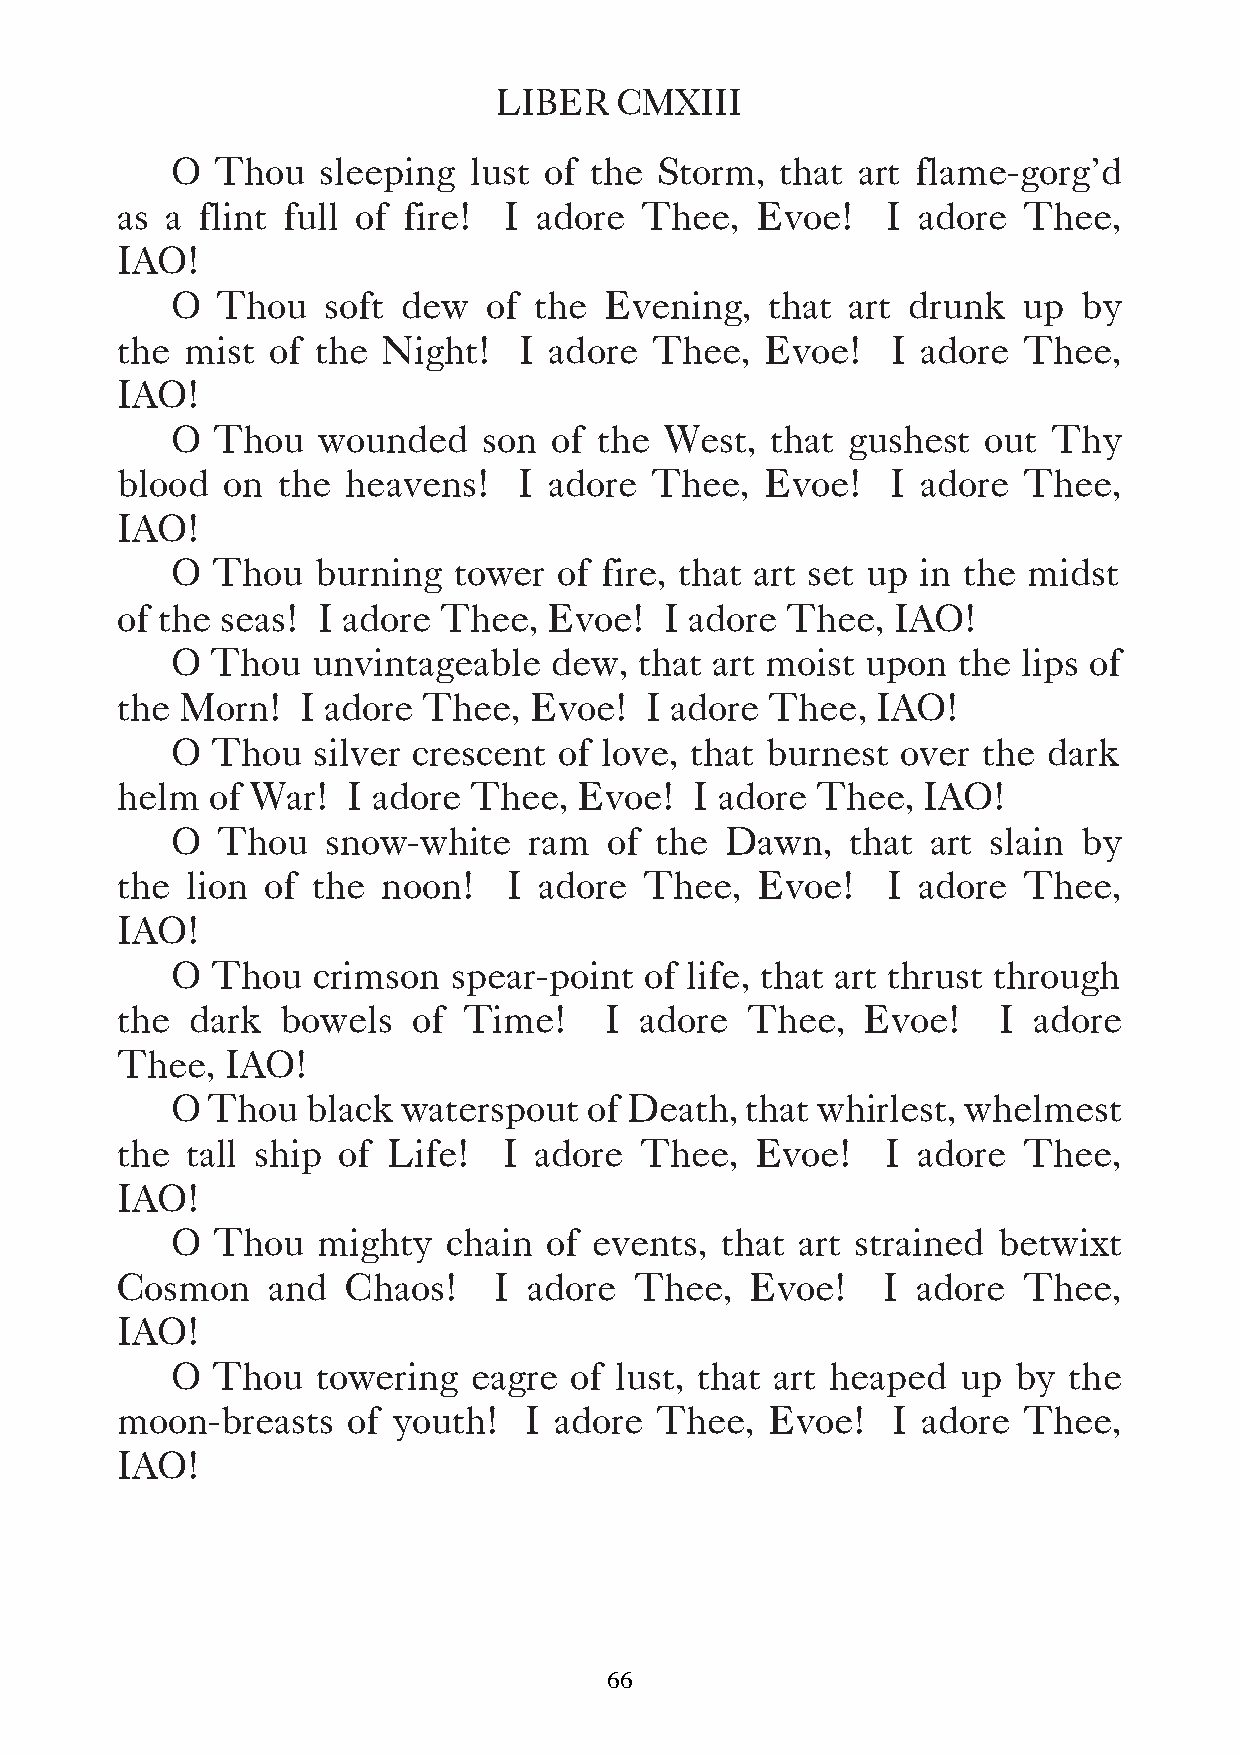
LIBER   CMXIII
 O  Thou   sleeping  lust of the  Storm,  that art flame-gorg’d
 as a flint full of fire! I adore  Thee,   Evoe!    I adore  Thee,
 IAO!
 O  Thou    soft dew  of the  Evening,   that art drunk   up  by
 the mist  of the Night!   I adore  Thee,   Evoe!   I adore  Thee,
 IAO!
 O  Thou   wounded    son  of the West,  that gushest  out  Thy
 blood  on the  heavens!   I adore  Thee,   Evoe!   I adore  Thee,
 IAO!
 O  Thou   burning  tower  of fire, that art set up in the midst
 of the seas! I adore Thee,  Evoe!   I adore Thee,  IAO!
 O  Thou   unvintageable  dew,  that art moist upon  the  lips of
 the Morn!   I adore Thee,  Evoe!   I adore Thee,  IAO!
 O  Thou   silver crescent of love, that burnest  over the dark
 helm  of War!  I adore Thee,  Evoe!   I adore Thee,  IAO!
 O  Thou    snow-white   ram  of the  Dawn,   that  art slain by
 the lion of  the noon!    I adore  Thee,  Evoe!    I adore  Thee,
 IAO!
 O  Thou   crimson  spear-point  of life, that art thrust through
 the  dark  bowels  of  Time!    I adore  Thee,   Evoe!    I adore
 Thee,  IAO!
 O  Thou  black  waterspout  of Death, that whirlest, whelmest
 the tall ship of  Life!  I adore  Thee,   Evoe!    I adore  Thee,
 IAO!
 O  Thou   mighty   chain of events,  that art strained betwixt
 Cosmon    and  Chaos!    I adore  Thee,   Evoe!   I  adore  Thee,
 IAO!
 O  Thou   towering  eagre  of lust, that art heaped  up by  the
 moon-breasts   of youth!   I adore Thee,   Evoe!   I adore  Thee,
 IAO!
 66